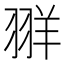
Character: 𫅧